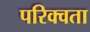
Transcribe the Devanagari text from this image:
परिक्वता